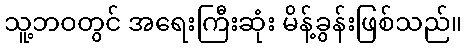
သူ့ဘဝတွင် အရေးကြီးဆုံး မိန့်ခွန်းဖြစ်သည်။